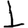
Digit: 1